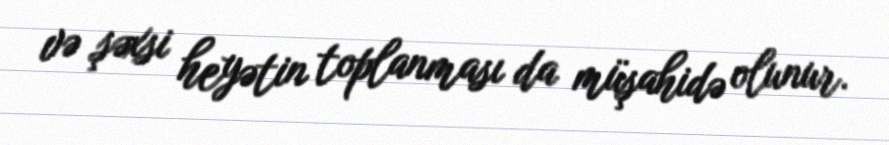
və şəxsi heyətin toplanması da müşahidə olunur.